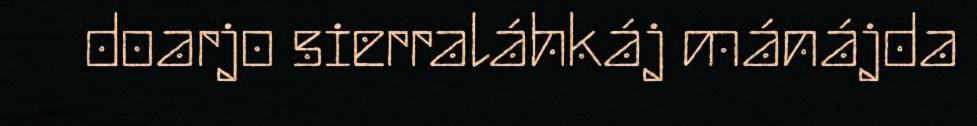
doarjo sierraláhkáj mánájda